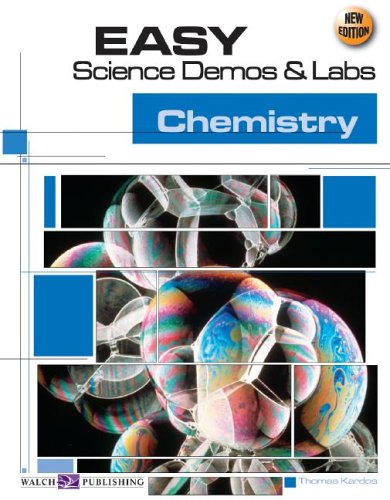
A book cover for Easy Science Demos & Labs For Chemistry (Easy Science Demos and Labs Series Ser); Thomas Kardos; Science & Math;